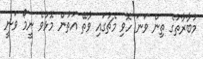
މުބާރާތުގެ ތިން ވަނަ ހޮވި މެޗުގައި ވާތޭ އަތުން މޮޅުވެ ނީމޯ ވަނީ